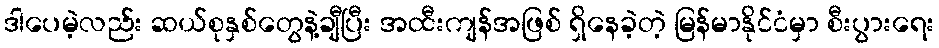
ဒါပေမဲ့လည်း ဆယ်စုနှစ်တွေနဲ့ချီပြီး အထီးကျန်အဖြစ် ရှိနေခဲ့တဲ့ မြန်မာနိုင်ငံမှာ စီးပွားရေး